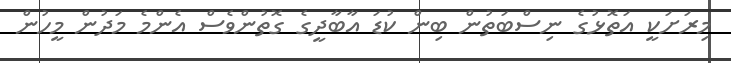
މިރަށަކީ އަތޮޅުގެ ނިސްބަތުން ބިން ކުޑަ އާބާދީގެ ގޮތުންވެސް އެންމެ މަދުން މީހުން